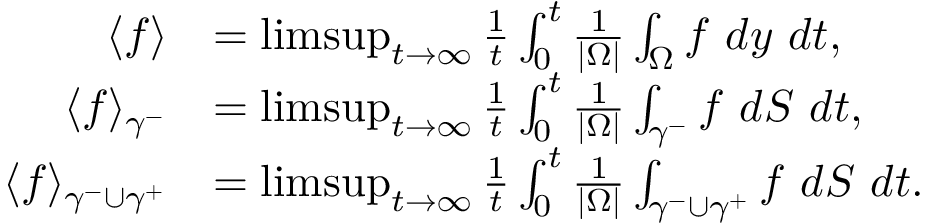
\begin{array} { r l } { \langle f \rangle } & { = \operatorname* { l i m s u p } _ { t \to \infty } \frac { 1 } { t } \int _ { 0 } ^ { t } \frac { 1 } { | \Omega | } \int _ { \Omega } f \ d y \ d t , } \\ { \langle f \rangle _ { \gamma ^ { - } } } & { = \operatorname* { l i m s u p } _ { t \to \infty } \frac { 1 } { t } \int _ { 0 } ^ { t } \frac { 1 } { | \Omega | } \int _ { \gamma ^ { - } } f \ d S \ d t , } \\ { \langle f \rangle _ { \gamma ^ { - } \cup \gamma ^ { + } } } & { = \operatorname* { l i m s u p } _ { t \to \infty } \frac { 1 } { t } \int _ { 0 } ^ { t } \frac { 1 } { | \Omega | } \int _ { \gamma ^ { - } \cup \gamma ^ { + } } f \ d S \ d t . } \end{array}